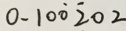
0 . 1 0 \dot { 0 } \dot { 2 } 0 2